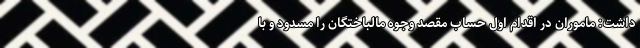
داشت: ماموران در اقدام اول حساب مقصد وجوه مالباختگان را مسدود و با